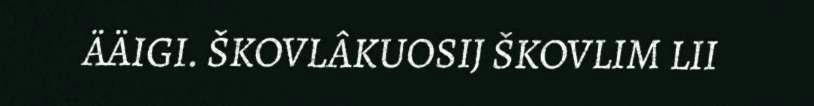
ÄÄIGI. ŠKOVLÂKUOSIJ ŠKOVLIM LII